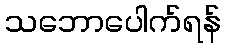
သဘောပေါက်ရန်